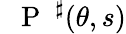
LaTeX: \mathrm{~\textbf~{~P~}~}^{\sharp}(\theta,s)